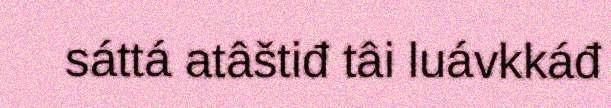
sáttá atâštiđ tâi luávkkáđ